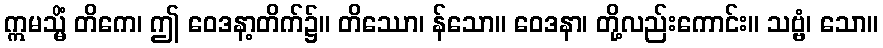
ဣမသ္မိံ တိကေ၊ ဤ ဝေဒနာ့တိက်၌။ တိဿော၊ န်သော။ ဝေဒနာ၊ တို့လည်းကောင်း။ သဗ္ဗံ၊ သော။